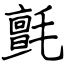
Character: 氈